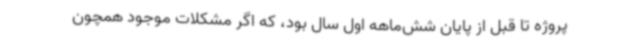
پروژه تا قبل از پایان شش‌ماهه اول سال بود، که اگر مشکلات موجود همچون